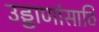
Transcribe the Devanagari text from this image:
उड्डाणांसाठि